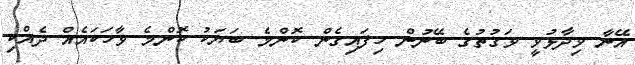
އޭނާ ވިދާޅުވީ ވަގުތުގެ ބޭނުން ހިފައިގެން ކޮންމެ ބަޔަކު ކޮންމެ ވާހަކައެއް ދެއްކި